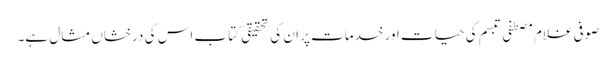
صوفی غلام مصطفی تبسم کی حیات اور خدمات پر ان کی تحقیقی کتاب اس کی درخشاں مثال ہے۔